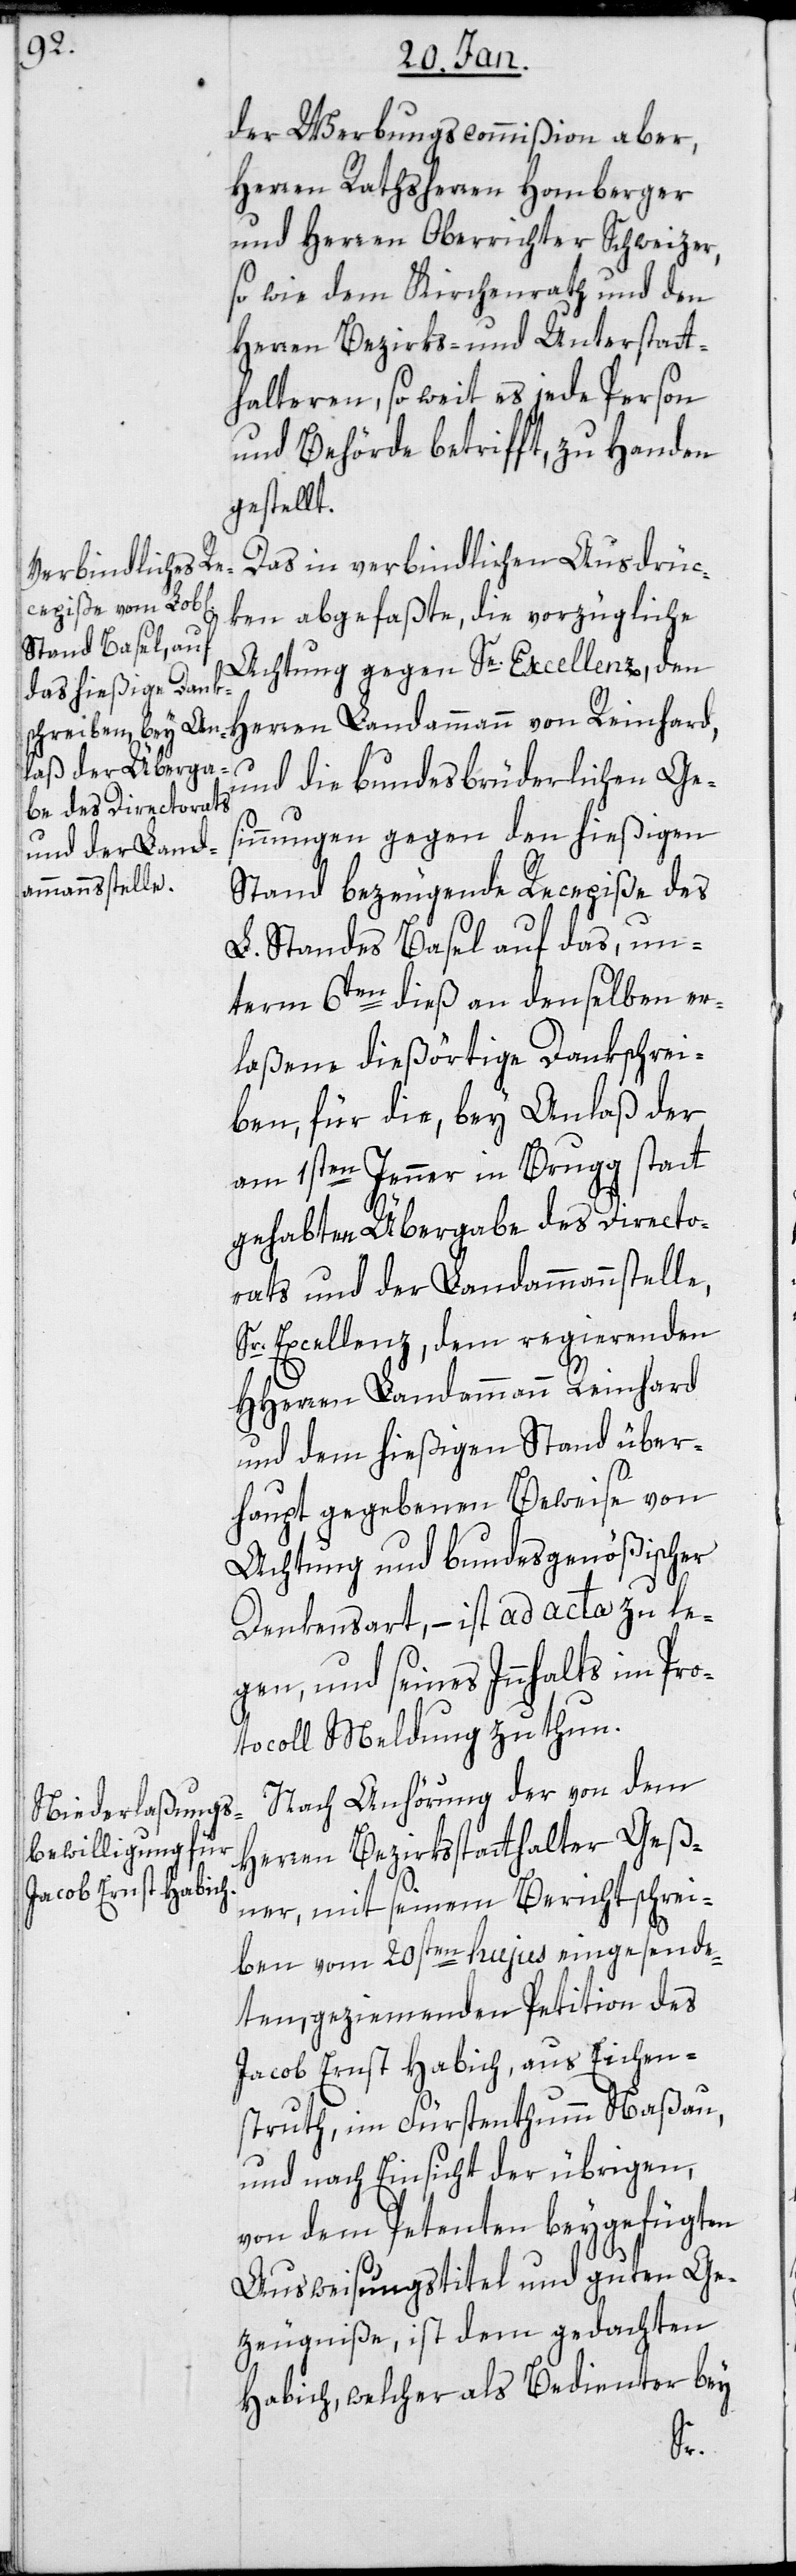
der Werbungskomißion aber,
Herren Rathsherren Homberger
und Herren Oberrichter Schweizer,
sowie dem Kirchenrathund den
Herren Bezirks- und Unterstatt¬
halteren, so weit es jede Person
und Behörde betrifft, zu Handen
gestellt.
Das in verbindlichen Ausdrü¬
ken abgefaßte, die vorzügliche
Achtung gegen Se. Excellenz den
und die bundesbrüderlichen Ges¬
innungen gegen den hießigen
Stand bezeugende Recepiße des
L. Standes Basel auf das, un¬
term 6ten dieß an denselben er¬
laßene dießörtige Dankschrei¬
ben, für die bey Anlaß der
am 1sten Jenner in Brugg statt
gehabten Übergabe des Directo¬
rats und der Landammannschaft-S¬
Sr. Excellenz, dem regierenden
HHerren Landammann Reinhard
und dem hießigen Stand über¬
haupt gegebenen Beweise von
Achtung und bundesgenößischer
Denkensart, – ist ad acta zu le¬
gen, und seines Innhalts im Pro¬
tocoll Meldung zu thun.
Nach Anhörung der von dem
Herren Bezirksstatthalter Geß¬
ner mit seinem Berichtschrei¬
ben vom 20sten hujus eingesende¬
ten, geziemenden Petition des
Jacob Ernst Habich, aus Eichen¬
struth, im Fürstentum Naßau,
und nach Einsicht der übrigen,
von dem Petenten beygefügten
Ausweisungstitel und guten Ge¬
zeugniße, ist dem gedachten
Habich, welcher als Bedienter bey
le,